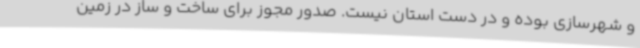
و شهرسازی بوده و در دست استان نیست. صدور مجوز برای ساخت و ساز در زمین